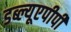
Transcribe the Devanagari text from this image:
डब्ल्यूएपीपी